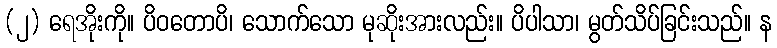
(၂) ရေအိုးကို။ ပိဝတောပိ၊ သောက်သော မုဆိုးအားလည်း။ ပိပါသာ၊ မွတ်သိပ်ခြင်းသည်။ န